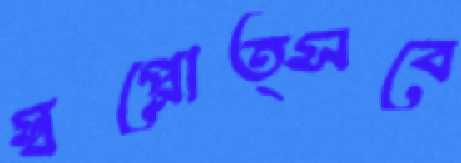
স্বপ্নোত্সবে